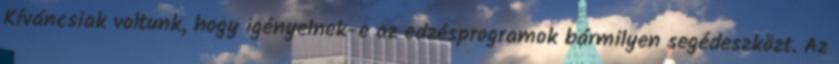
Kíváncsiak voltunk, hogy igényelnek-e az edzésprogramok bármilyen segédeszközt. Az